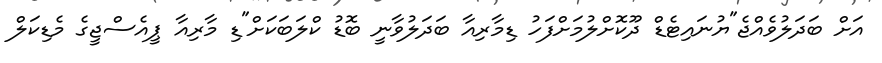
އަށް ބަދަލުވެއްޖެ"ޔުނައިޓެޑް ދޫކޮށްލުމަށްފަހު ޑިމާރިއާ ބަދަލުވާނީ ބޮޑު ކްލަބަކަށް"ޑި މާރިއާ ޕީއެސްޖީގެ މެޑިކަލް